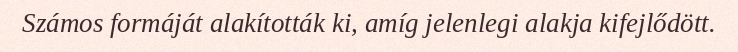
Számos formáját alakították ki, amíg jelenlegi alakja kifejlődött.